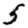
Digit: 5